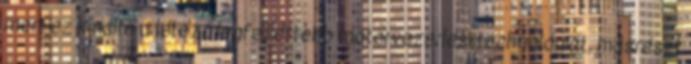
mert ez kínálta a létező legfejlettebb motorvezérlési technológiát, másrészt